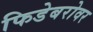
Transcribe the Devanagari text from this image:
फिडेबरोवर